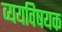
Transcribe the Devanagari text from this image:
व्ययविषयक